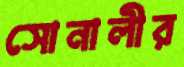
সোনালীর